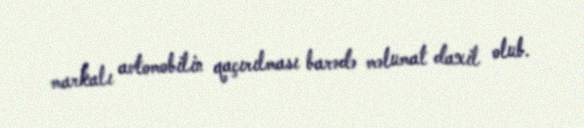
markalı avtomobilin qaçırılması barədə məlumat daxil olub.